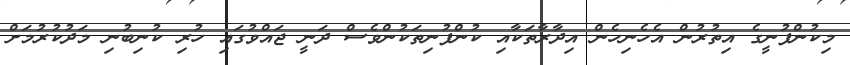
މިކުންފުނީގެ އިތުރުން އެހެނިހެން އިދާރާތަކާއި ކުންފުނިތަކުންވެސް ދަނީ ޖައްވުގައި ހުރި ކުނިބުނި މަދުކުރުމަށް